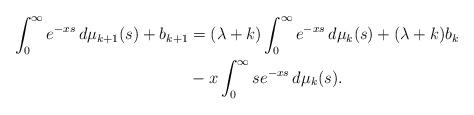
LaTeX: \begin{align*}\int_0^{\infty}e^{-xs}\, d\mu_{k+1}(s)+b_{k+1}&=(\lambda+k)\int_0^{\infty}e^{-xs}\, d\mu_k(s)+(\lambda+k)b_k\\&{}-x\int_0^{\infty}se^{-xs}\, d\mu_k(s).\end{align*}